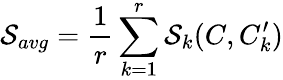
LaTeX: \mathcal{S}_{avg}=\frac{1}{r}\sum_{k=1}^{r}\mathcal{S}_{k}(C,C_{k}^{\prime})